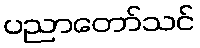
ပညာတော်သင်